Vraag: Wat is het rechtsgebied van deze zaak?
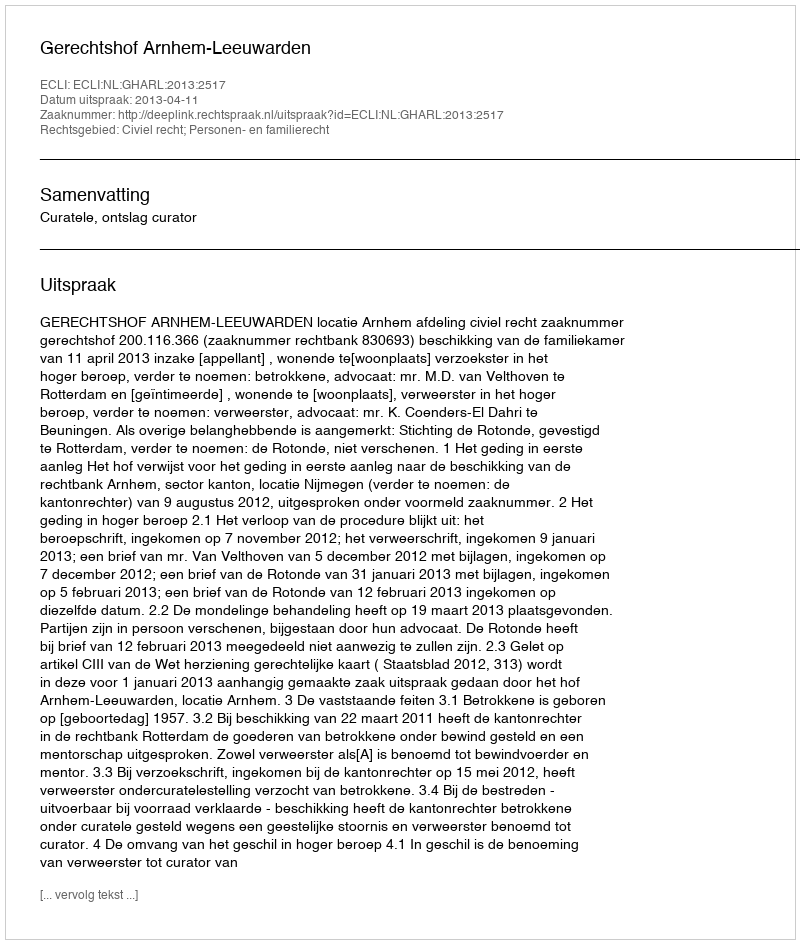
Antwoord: Civiel recht; Personen- en familierecht